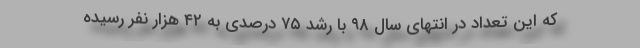
که این تعداد در انتهای سال ۹۸ با رشد ۷۵ درصدی به ۴۲ هزار نفر رسیده